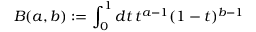
B ( a , b ) \mathrel { \mathop : } = \int _ { 0 } ^ { 1 } d t \, t ^ { a - 1 } ( 1 - t ) ^ { b - 1 }